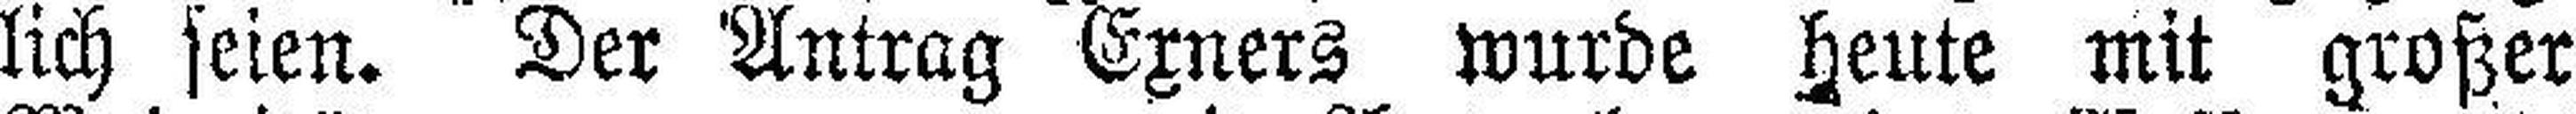
lich seien. Der Antrag Exners wurde heute mit großer